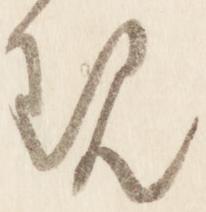
現